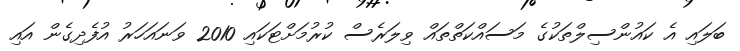
ބަލައި އެ ކައުންސިލްތަކުގެ މަސައްކަތްތައް ވިލަރެސް ކުރުމަށްޓަކައި 2010 ވަނައަހަރު އުފެދިގެން އައި